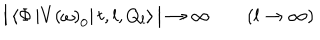
\big | \left\langle \Phi \left| V \left( \omega \right) _ { 0 } \right| t , l , Q _ { l } \right\rangle \big | \to \infty \qquad ( l \to \infty )